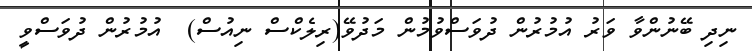
ނިދި ބޭނުންވާ ވަރު އުމުރުން ދުވަސްވުމުން މަދުވޭ(ރިލެކްސް ނިއުސް)  އުމުރުން ދުވަސްވީ